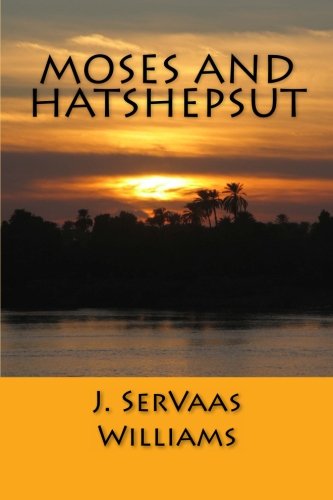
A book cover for Moses and Hatshepsut; J. SerVaas Williams; Literature & Fiction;